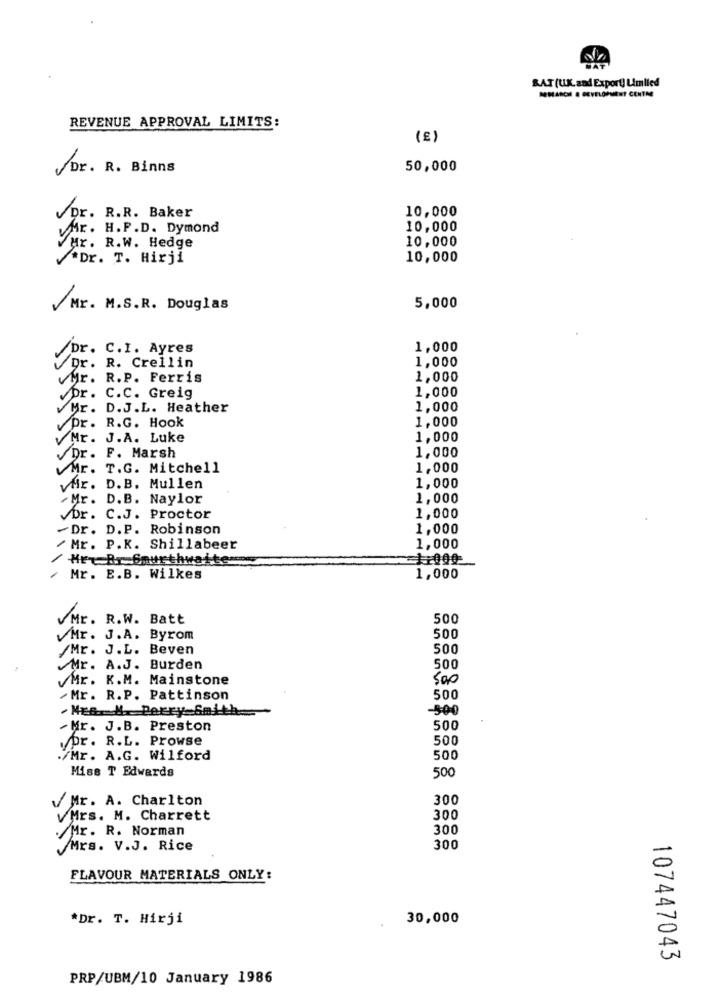
RAT (U.K.and Export] Limited
-ANCHE & DEVELOPMENT CENTRE
REVENUE APPROVAL LIMITS:
(E)
Dr. R. Binns
50,000
10,000
VDr. R.R. Baker
VMr. H.P.D. Dymond
10,000
10,000
VHr. R.W. Hedge
*Dr. T. Hirji
10,000
Mr. M.S.R. Douglas
5,000
/Dr. C.I. Ayres
1,000
1,000
Dr. R. Crellin
vMr. R.P. Ferris
1,000
1,000
Dr. C.C. Greig
Mr. D.J.L. Heather
1,000
1,000
pr. R.G. Hook
Mr. J.A. Luke
1,000
Dr. F. Marsh
1,000
VMr. T.G. Mitchell
1,000
yMir. D.B. Mullen
1,000
Mr. D.B. Naylor
1,000
Vor. C.J. Proctor
1,000
Dr. D.P. Robinson
1,000
/ Mr. P.K. Shillabeer
1,000
Hrt Br Smurthwaite
1 +000
Mr. E.B. Wilkes
1,000
VMr. R.W. Batt
500
VMr. J.A. Byrom
500
/Mr. J.L. Beven
500
Mr. A.J. Burden
500
Mr. K.M. Mainstone
500
Mr. R.P. Pattinson
500
.MEs. N. Perry Smith
-500
Mr. J.B. Preston
500
.pr. R.L. Prowse
500
./Mr. A.G. Wilford
500
Miss T Edwards
500
Mr. A. Charlton
300
vMrs. M. Charrett
300
Mr. R. Norman
300
Mrs. V.J. Rice
300
FLAVOUR MATERIALS ONLY:
*Dr. T. Hirji
30,000
107447043
PRP/UBM/10 January 1986